Civil Veterinary Dept. Bombay admin report 1932-41 - 1932-1941
Year: 1932
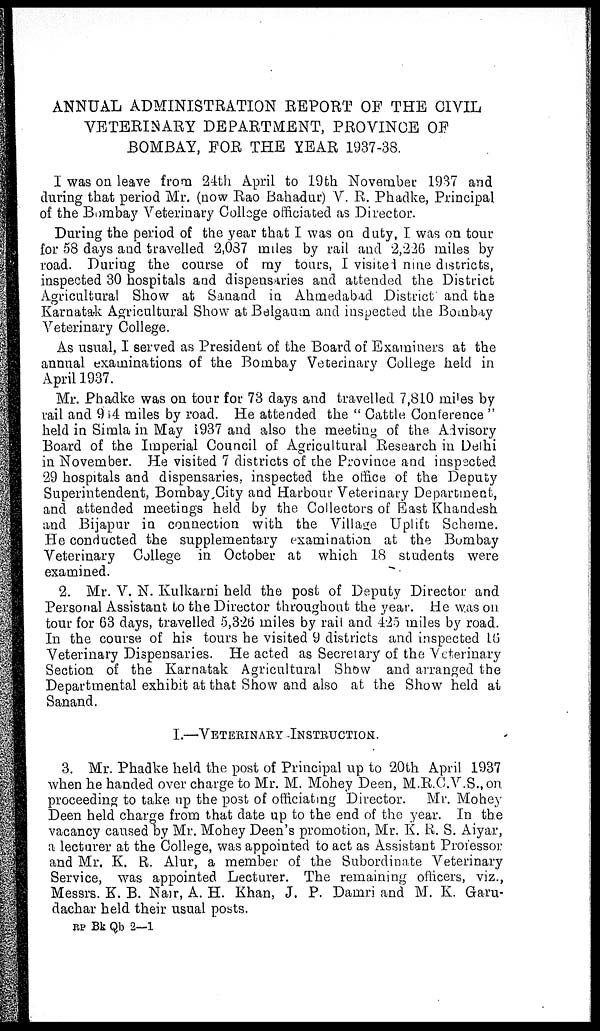
ANNUAL ADMINISTRATION REPORT OF THE CIVIL
VETERINARY DEPARTMENT, PROVINCE OF
BOMBAY, FOR THE YEAR 1937-38.
I was on leave from 24th April to 19th November 1937 and
during that period Mr. (now Rao Bahadur) V. R. Phadke, Principal
of the Bombay Veterinary College officiated as Director.
During the period of the year that I was on duty, I was on tour
for 58 days and travelled 2,087 miles by rail and 2,226 miles by
road. During the course of my tours, I visited nine districts,
inspected 30 hospitals and dispensaries and attended the District
Agricultural Show at Sanand in Ahmedabad District and the
Karnatak Agricultural Show at Belgaum and inspected the Bombay
Veterinary College.
As usual, I served as President of the Board of Examiners at the
annual examinations of the Bombay Veterinary College held in
April 1937.
Mr. Phadke was on tour for 73 days and travelled 7,810 miles by
rail and 944 miles by road. He attended the " Cattle Conference "
held in Simla in May 1937 and also the meeting of the Advisory
Board of the Imperial Council of Agricultural Research in Delhi
in November. He visited 7 districts of the Province and inspected
29 hospitals and dispensaries, inspected the office of the Deputy
Superintendent, Bombay City and Harbour Veterinary Department,
and attended meetings held by the Collectors of East Khandesh
and Bijapur in connection with the Village Uplift Scheme.
He conducted the supplementary examination at the Bombay
Veterinary College in October at which 18 students were
examined.
2. Mr. V. N. Kulkarni held the post of Deputy Director and
Personal Assistant to the Director throughout the year. He was on
tour for 63 days, travelled 5,326 miles by rail and 425 miles by road.
In the course of his tours he visited 9 districts and inspected 16
Veterinary Dispensaries. He acted as Secretary of the Veterinary
Section of the Karnatak Agricultural Show and arranged the
Departmental exhibit at that Show and also at the Show held at
Sanand.
I.—VETERINARY INSTRUCTION
3. Mr. Phadke held the post of Principal up to 20th April 1937
when he handed over charge to Mr. M. Mohey Deen, M.R.C.V.S., on
proceeding to take up the post of officiating Director. Mr. Money
Deen held charge from that date up to the end of the year. In the
vacancy caused by Mr. Mohey Deen's promotion, Mr. K. R. S. Aiyar,
a lecturer at the College, was appointed to act as Assistant Professor
and Mr. K. R. Alur, a member of the Subordinate Veterinary
Service, was appointed Lecturer. The remaining officers, viz.,
Messrs. K. B. Nair, A. H. Khan, J. P. Damri and M. K. Garu-
dachar held their usual posts.
RP Bk Qb 2—1